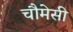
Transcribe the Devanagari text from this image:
चौमेसी